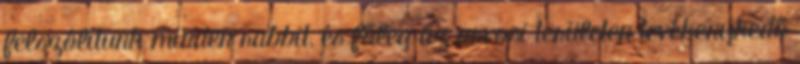
felszólítunk minden rabbit, és főleg az orvosi területen tevékenykedő